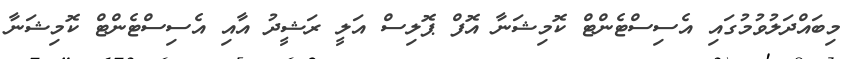
މިބައްދަލުވުމުގައި އެސިސްޓެންޓް ކޮމިޝަނާ އޮފް ޕޮލިސް އަލީ ރަޝީދު އާއި އެސިސްޓެންޓް ކޮމިޝަނާ